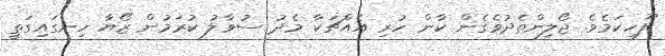
ފޫހިކަމެވެ. ޖޯލިންތެދުވެގެން ކާން ހުރި އެއްޗަކާ މެދު ސުވާލު ކުރަމުން ޒޯޔާ ހިނގައިގަތީ